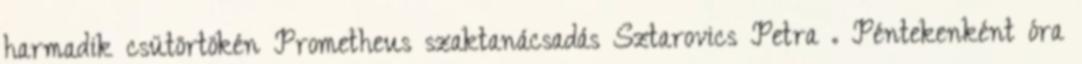
harmadik csütörtökén Prometheus szaktanácsadás Sztarovics Petra . Péntekenként óra